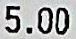
5.00